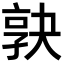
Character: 𡥹